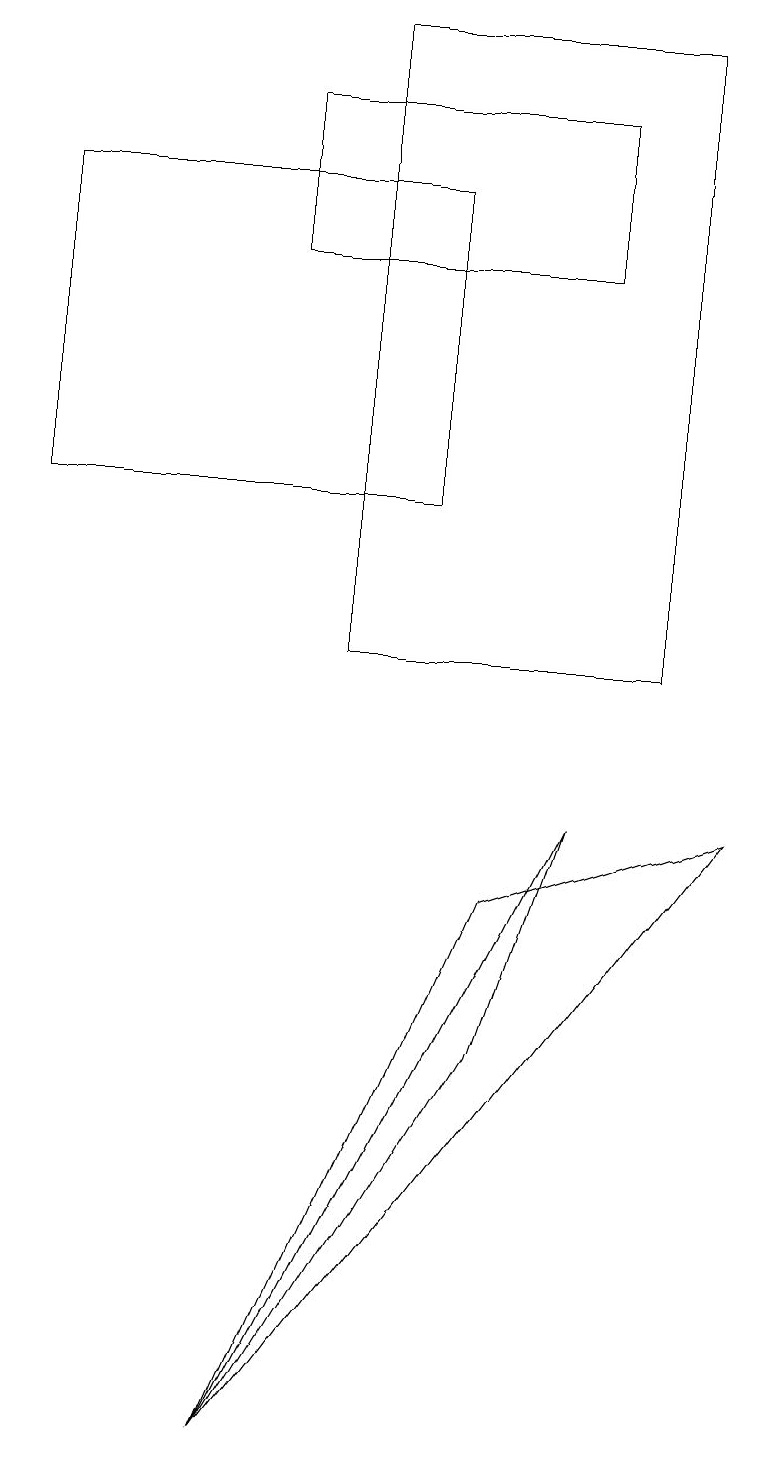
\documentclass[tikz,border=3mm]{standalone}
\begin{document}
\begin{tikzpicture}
\draw (6,5) -- (7,8) -- (3,0) -- cycle;
\draw (9,8) -- (3,0) -- (6,7) -- cycle;
\draw (3,17) rectangle (7,15);
\draw (4,18) rectangle (8,10);
\draw (5,12) rectangle (0,16);
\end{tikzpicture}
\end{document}